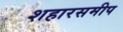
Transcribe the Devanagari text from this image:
शहारसमीप